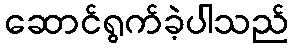
ဆောင်ရွက်ခဲ့ပါသည်